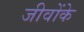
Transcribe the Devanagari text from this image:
जीवोंके